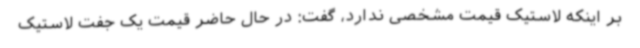
بر اینکه لاستیک قیمت مشخصی ندارد، گفت: در حال حاضر قیمت یک جفت لاستیک